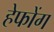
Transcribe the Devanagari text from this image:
हेफोंग